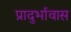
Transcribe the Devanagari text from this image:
प्रादुर्भावास